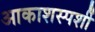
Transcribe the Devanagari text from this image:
आकाशस्पर्शी